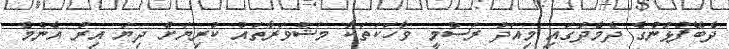
ދެބޭފުޅުންގެ ދެމެދުގައި މިއަދު ރަސްމީ ވާހަކަތަކާ މަޝްވަރާތައް ކުރިޔަށް ދިޔަ އިރު އެންމެ